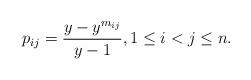
LaTeX: \begin{gather*} p_{ij}= {\frac{y- y^{m_{ij}}}{y-1}}, 1 \le i < j \le n. \end{gather*}